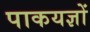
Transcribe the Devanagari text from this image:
पाकयज्ञों